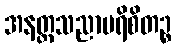
အနတ္တသညာပရိစိတဉ္စ